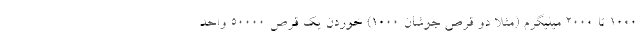
1000 تا 2000 میلیگرم (مثلا دو قرص جوشان 1000) خوردن یک قرص 50000 واحد